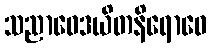
သညာဝေဒယိတနိရောဓေ